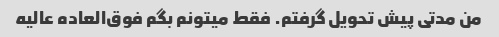
من مدتی پیش تحویل گرفتم. فقط میتونم بگم فوق‌العاده عالیه